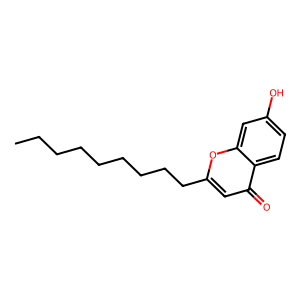
SMILES: CCCCCCCCCc1cc(=O)c2ccc(O)cc2o1
Inhibits HIV replication: No